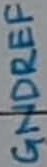
Text: GNDREF